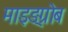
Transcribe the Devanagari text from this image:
माइङ्ग्रोब